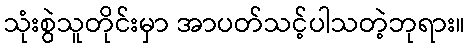
သုံးစွဲသူတိုင်းမှာ အာပတ်သင့်ပါသတဲ့ဘုရား။